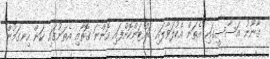
ގާނޫނު އަސާސީގައި އެތަން އެކުލަވާލައި ބައްޓަންކޮށްފައި އޮންނަ ގޮތާއި އެތަނުގައި ކަން ހިނގަމުން